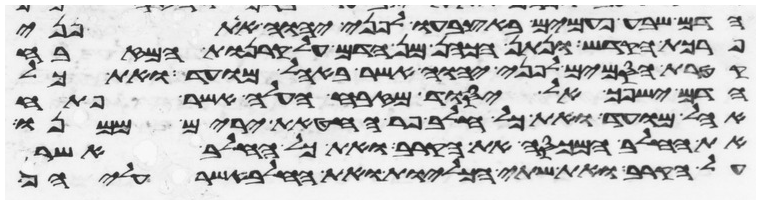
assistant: הדם שבע פעמים באצבעו לפני יהוה את פני
פרכת הקדש ונתן הכהן מן הדם על קרנות המזבח
קטרת הסמים לפני יהוה אשר באהל מועד ואת כל
הדם ישפך אל יסוד מזבח העלה אשר פתח
אהל מועד ואת כל חלב פר החטאת ירים ממנו
את החלב המכסה את הקרב ואת כל החלב אשר
על הקרב ואת שתי הכליות ואת החלב אשר עליהן